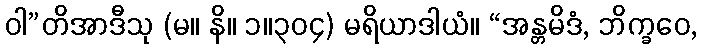
ဝါ”တိအာဒီသု (မ။ နိ။ ၁။၃၀၄) မရိယာဒါယံ။ “အန္တမိဒံ, ဘိက္ခဝေ,